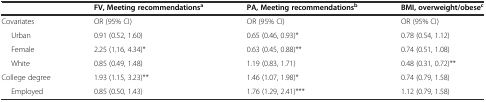
|  | FV, Meeting recommendationsa | PA, Meeting recommendationsb | BMI, overweight/obesec |
 | --- | --- | --- | --- |
 | Covariates | OR (95% CI) | OR (95% CI) | OR (95% CI) |
 | Urban | 0.91 (0.52, 1.60) | 0.65 (0.46, 0.93)* | 0.78 (0.54, 1.12) |
 | Female | 2.25 (1.16, 4.34)* | 0.63 (0.45, 0.88)** | 0.74 (0.51, 1.08) |
 | White | 0.85 (0.49, 1.48) | 1.19 (0.83, 1.71) | 0.48 (0.31, 0.72)** |
 | College degree | 1.93 (1.15, 3.23)** | 1.46 (1.07, 1.98)* | 0.74 (0.79, 1.58) |
 | Employed | 0.85 (0.50, 1.43) | 1.76 (1.29, 2.41)*** | 1.12 (0.79, 1.58) |